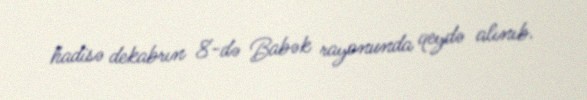
hadisə dekabrın 8-də Babək rayonunda qeydə alınıb.